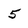
Character: 5